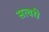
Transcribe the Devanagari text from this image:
सत्वरी